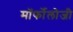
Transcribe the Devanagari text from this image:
मॉर्फोलोजी